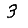
Digit: 3